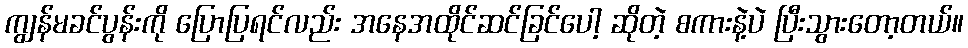
ကျွန်မခင်ပွန်းကို ပြောပြရင်လည်း အနေအထိုင်ဆင်ခြင်ပေါ့ ဆိုတဲ့ စကားနဲ့ပဲ ပြီးသွားတော့တယ်။